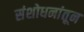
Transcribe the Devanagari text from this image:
संशोधनांतून